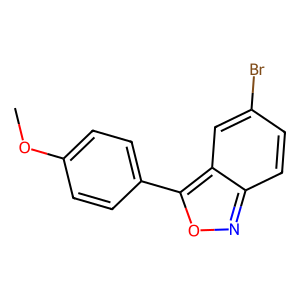
SMILES: COc1ccc(-c2onc3ccc(Br)cc23)cc1
Inhibits HIV replication: No